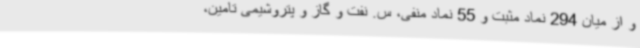
و از میان 294 نماد مثبت و 55 نماد منفی، س. نفت و گاز و پتروشیمی تامین،